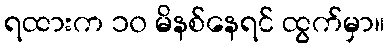
ရထားက ၁၀ မိနစ်နေရင် ထွက်မှာ။